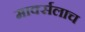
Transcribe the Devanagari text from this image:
मार्क्‍सलाच